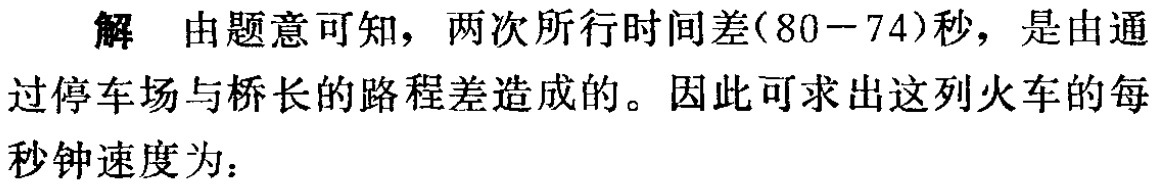
解 由题意可知，两次所行时间差\((80 - 74)\)秒，是由通

过停车场与桥长的路程差造成的。因此可求出这列火车的每

秒钟速度为：